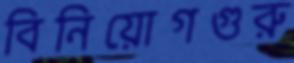
বিনিয়োগগুরু